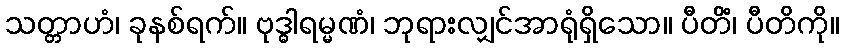
သတ္တာဟံ၊ ခုနစ်ရက်။ ဗုဒ္ဓါရမ္မဏံ၊ ဘုရားလျှင်အာရုံရှိသော။ ပီတိံ၊ ပီတိကို။